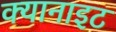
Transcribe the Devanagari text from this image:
क्यानाइट